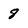
Character: 8